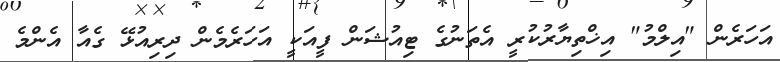
އަހަރެން "އިލްމު" އިޚްތިޔާރުކުރީ އެތަނުގެ ޓިއުޝަން ފީއަކީ އަހަރެމެން ދިރިއުޅޭ ގެއާ އެންމެ